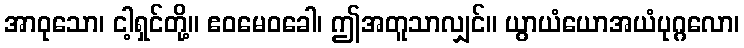
အာဝုသော၊ ငါ့ရှင်တို့။ ဧဝမေဝခေါ၊ ဤအတူသာလျှင်။ ယွာယံယောအယံပုဂ္ဂလော၊